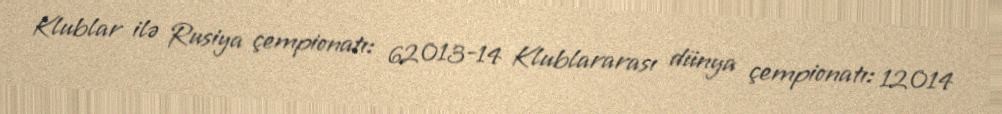
Klublar ilə Rusiya çempionatı: 62013-14 Klublararası dünya çempionatı: 12014